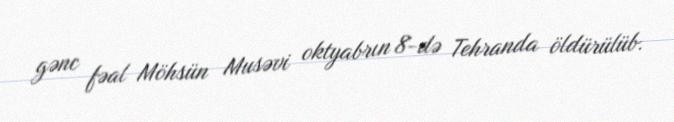
gənc fəal Möhsün Musəvi oktyabrın 8-də Tehranda öldürülüb.